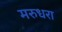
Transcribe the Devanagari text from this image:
मरुधरा